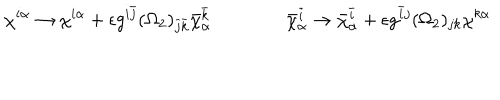
\chi ^ { i \alpha } \rightarrow \chi ^ { i \alpha } + \epsilon g ^ { i \bar { j } } ( \Omega _ { 2 } ) _ { \bar { j } \bar { k } } \bar { \chi } _ { \alpha } ^ { \bar { k } } \qquad \qquad \bar { \chi } _ { \alpha } ^ { \bar { i } } \rightarrow \bar { \chi } _ { \alpha } ^ { \bar { i } } + \epsilon g ^ { \bar { i } j } ( \Omega _ { 2 } ) _ { j k } \chi ^ { k \alpha }